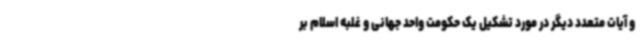
و آیات متعدد دیگر در مورد تشکیل یک حکومت واحد جهانی و غلبه اسلام بر